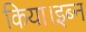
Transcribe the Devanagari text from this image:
किया।इब्न